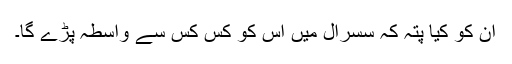
ان کو کیا پتہ کہ سسرال میں اس کو کس کس سے واسطہ پڑے گا۔